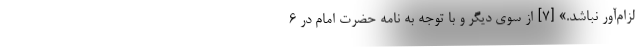
لزام‌آور نباشد.» [۷] از سوی دیگر و با توجه به نامه حضرت امام در ۶